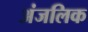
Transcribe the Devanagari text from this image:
अंजलिक